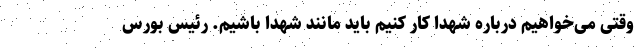
وقتی می‌خواهیم درباره شهدا کار کنیم باید مانند شهدا باشیم. رئیس بورس